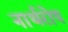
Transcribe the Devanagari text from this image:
नार्थरोप